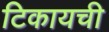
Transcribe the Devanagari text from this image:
टिकायची